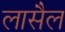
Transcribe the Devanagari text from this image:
लासैल